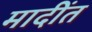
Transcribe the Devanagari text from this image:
मादींत